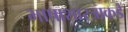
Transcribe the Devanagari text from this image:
भाषाशास्त्राकडे